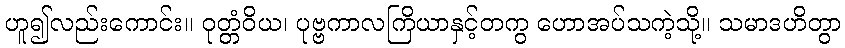
ဟူ၍လည်းကောင်း။ ဝုတ္တံဝိယ၊ ပုဗ္ဗကာလကြိယာနှင့်တကွ ဟောအပ်သကဲ့သို့။ သမာဒဟိတွာ